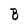
Character: B